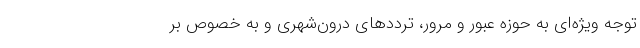
توجه ویژه‌ای به حوزه عبور و مرور، تردد‌های درون‌شهری و به خصوص بر